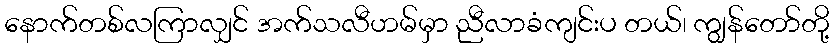
နောက်တစ်လကြာလျှင် အက်သလီဟမ်မှာ ညီလာခံကျင်းပ တယ်၊ ကျွန်တော်တို့